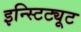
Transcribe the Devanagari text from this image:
इन्स्टिट्यूट